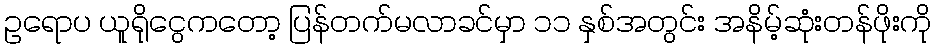
ဥရောပ ယူရိုငွေကတော့ ပြန်တက်မလာခင်မှာ ၁၁ နှစ်အတွင်း အနိမ့်ဆုံးတန်ဖိုးကို